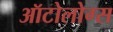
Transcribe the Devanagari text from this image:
ऑटोलोग्स